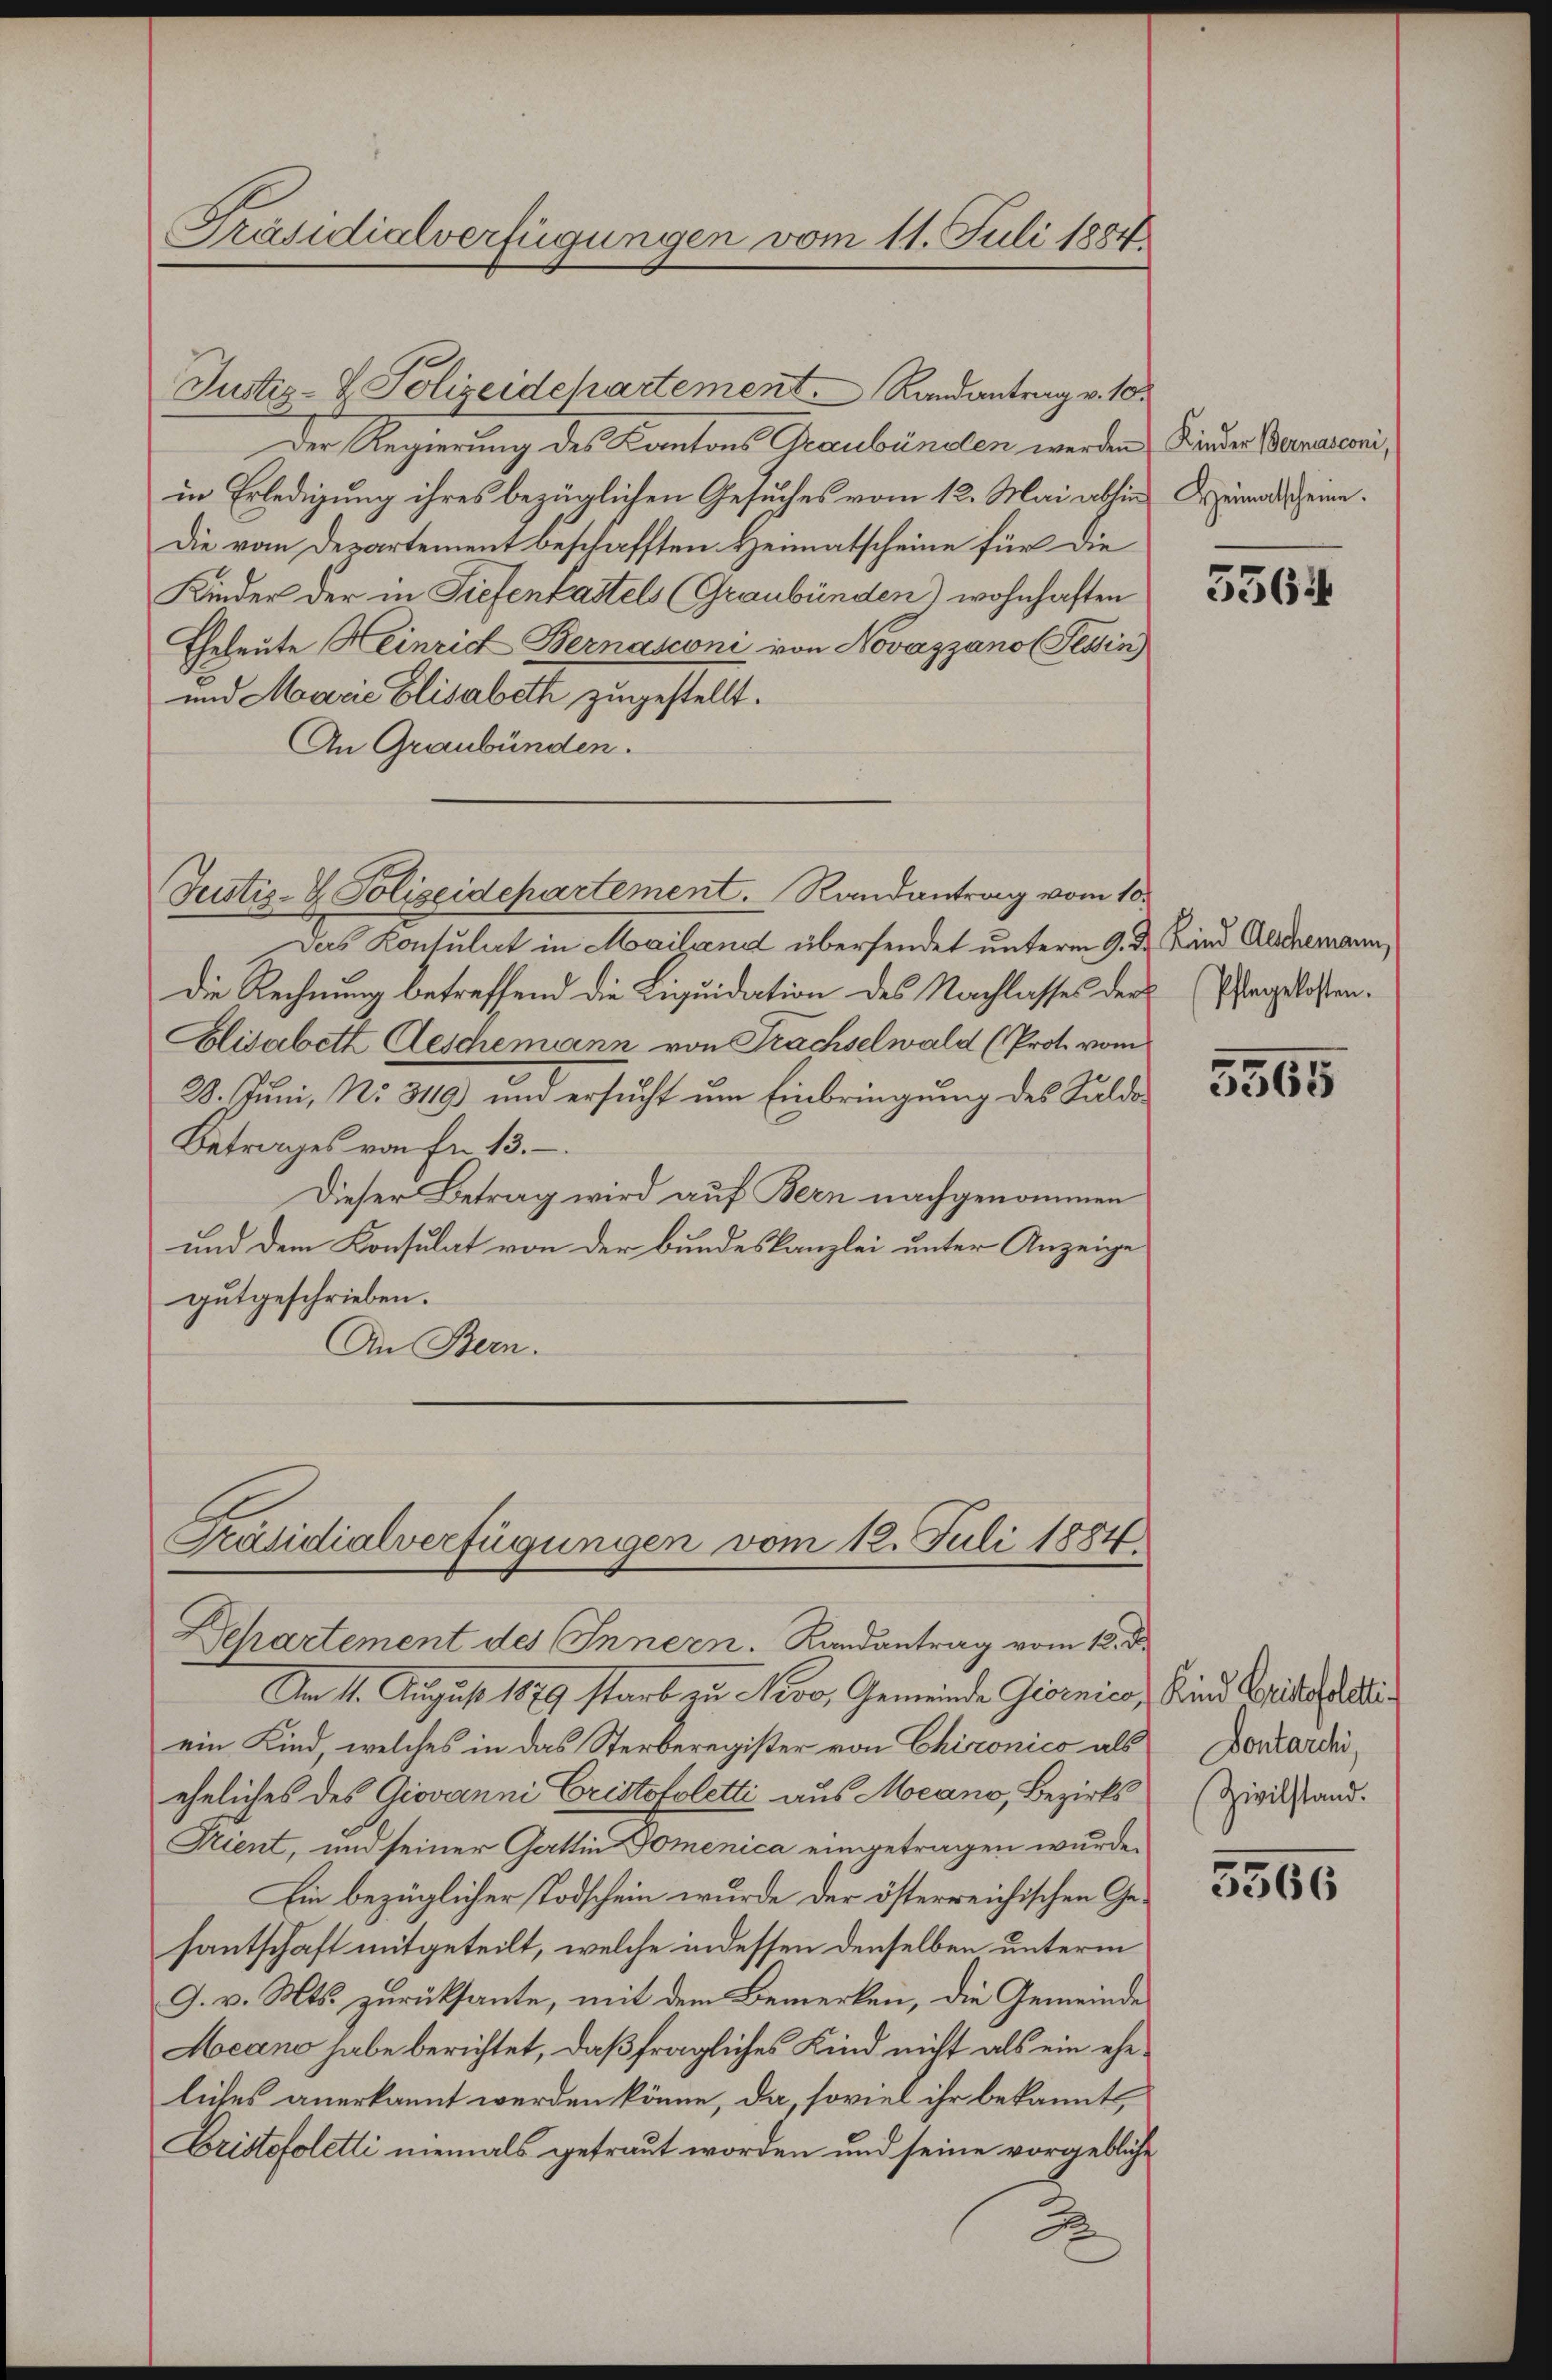
Präsidialverfügungen vom 11. Juli 1884

Justiz- & Polizeidepartement. Randantrag v. 10.
Der Regierung des Kantons Graubündlen werden Kinder Bernasconi,
in Erledigung ihres bezüglichen Gesuches vom 12. Mai abhin dreimatscheine
Die vom Departement beschafften Heimatscheine für die
Kinder der in Tiefenkastels (Graubünden) wohnhaften
Eheleute Heinrich Bernasconi von Novazzano (Tessin
und Marie Elisabeth zugestellt.
An Graubünden.
Justiz- & Polizeidepartement. Randantrag vom 10.
Das Konsulat in Mailand übersendet unterm 9. der Kind Aeschemann,
die Rechnung betreffend die Liquidation des Nachlasses der Pfangslosen.
Elisabeth Aeschemann von Frachselwald (Prot. vom
28. Juni, No. 3119) und ersucht um Einbringung des Saldo
Betrages von Fr. 13.
Dieser Betrag wird auf Bern nachgenommen
und dem Konsulat von der Bundeskanzlei unter Anzeige
gutgeschrieben.
An Bern.
Präsidialverfügungen vom 12. Juli 1884
Separtement des Innern. Randantrag vom 12. d.
Am 11. August 1879 starb zu Nevo, Gemeinde Giornico, Kind Crisati
ein Kind, welches in das Sterberegister von Chironico als
eheliches des Giovanni Cristofoletti aus Meano, Bezirks¬
Trient, und seiner Gattin Domenica eingetragen wurde.
Ein bezüglicher Todschein wurde der österreichischen Gesantschaft mitgeteilt, welche indessen denselben unterm
J. v. Mts. zurücksante, mit dem Bemerken, die Gemeinde
Meano habe berichtet, daß fragliches Kind nicht als ein eheliches anerkannt werden könne, da, soviel ihr bekannte,
Cristofoletti niemals getraut worden und seine vorgebliche
2

5564

5565

Dontarchi
Zivilstand.

3560